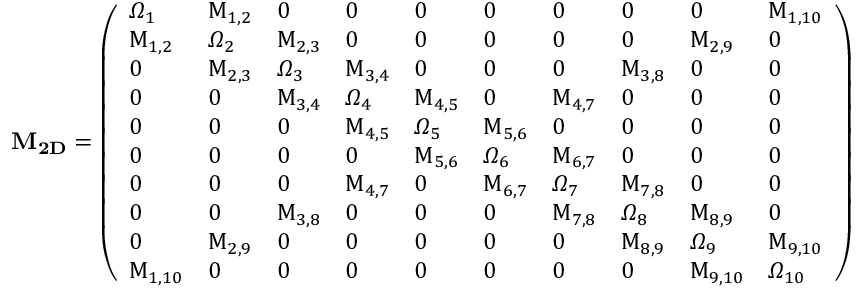
\bf { M _ { 2 D } } = \left( \begin{array} { l l l l l l l l l l } { \Omega _ { 1 } } & { M _ { 1 , 2 } } & { 0 } & { 0 } & { 0 } & { 0 } & { 0 } & { 0 } & { 0 } & { M _ { 1 , 1 0 } } \\ { M _ { 1 , 2 } } & { \Omega _ { 2 } } & { M _ { 2 , 3 } } & { 0 } & { 0 } & { 0 } & { 0 } & { 0 } & { M _ { 2 , 9 } } & { 0 } \\ { 0 } & { M _ { 2 , 3 } } & { \Omega _ { 3 } } & { M _ { 3 , 4 } } & { 0 } & { 0 } & { 0 } & { M _ { 3 , 8 } } & { 0 } & { 0 } \\ { 0 } & { 0 } & { M _ { 3 , 4 } } & { \Omega _ { 4 } } & { M _ { 4 , 5 } } & { 0 } & { M _ { 4 , 7 } } & { 0 } & { 0 } & { 0 } \\ { 0 } & { 0 } & { 0 } & { M _ { 4 , 5 } } & { \Omega _ { 5 } } & { M _ { 5 , 6 } } & { 0 } & { 0 } & { 0 } & { 0 } \\ { 0 } & { 0 } & { 0 } & { 0 } & { M _ { 5 , 6 } } & { \Omega _ { 6 } } & { M _ { 6 , 7 } } & { 0 } & { 0 } & { 0 } \\ { 0 } & { 0 } & { 0 } & { M _ { 4 , 7 } } & { 0 } & { M _ { 6 , 7 } } & { \Omega _ { 7 } } & { M _ { 7 , 8 } } & { 0 } & { 0 } \\ { 0 } & { 0 } & { M _ { 3 , 8 } } & { 0 } & { 0 } & { 0 } & { M _ { 7 , 8 } } & { \Omega _ { 8 } } & { M _ { 8 , 9 } } & { 0 } \\ { 0 } & { M _ { 2 , 9 } } & { 0 } & { 0 } & { 0 } & { 0 } & { 0 } & { M _ { 8 , 9 } } & { \Omega _ { 9 } } & { M _ { 9 , 1 0 } } \\ { M _ { 1 , 1 0 } } & { 0 } & { 0 } & { 0 } & { 0 } & { 0 } & { 0 } & { 0 } & { M _ { 9 , 1 0 } } & { \Omega _ { 1 0 } } \end{array} \right)